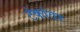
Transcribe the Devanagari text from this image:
टंकांवर